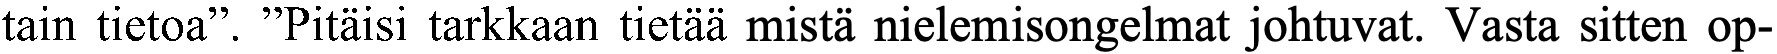
tain tietoa”. ”Pitäisi tarkkaan tietää mistä nielemisongelmat johtuvat. Vasta sitten op-